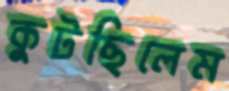
কুটছিলেম